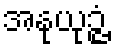
အနုယုဉ္ဇံ